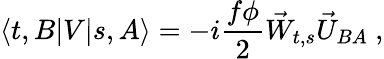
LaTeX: \langle t,B|V|s,A\rangle=-i\frac{f\phi}{2}\vec{W}_{t,s}\vec{U}_{BA}~,